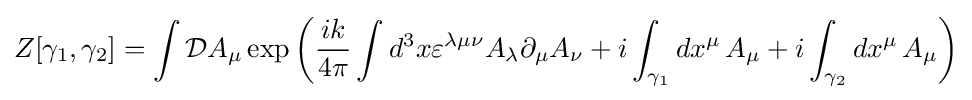
Z[\gamma _{1},\gamma _{2}]=\int {\mathcal {D}}A_{\mu }\exp \left({\frac {ik}{4\pi }}\int d^{3}x\varepsilon ^{\lambda \mu \nu }A_{\lambda }\partial _{\mu }A_{\nu }+i\int _{\gamma _{1}}dx^{\mu }\,A_{\mu }+i\int _{\gamma _{2}}dx^{\mu }\,A_{\mu }\right)